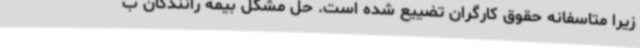
زیرا متاسفانه حقوق کارگران تضییع شده است. حل مشکل بیمه رانندگان ب